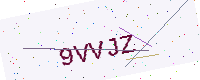
Text: 9VVJZ